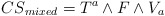
\begin{align*}{CS}_{mixed} = T^a \wedge F\wedge V_a\end{align*}